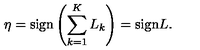
\eta = \mathrm { s i g n } \left( \sum _ { k = 1 } ^ { K } L _ { k } \right) = \mathrm { s i g n } L .